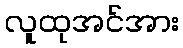
လူထုအင်အား